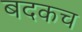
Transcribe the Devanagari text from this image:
बदकच